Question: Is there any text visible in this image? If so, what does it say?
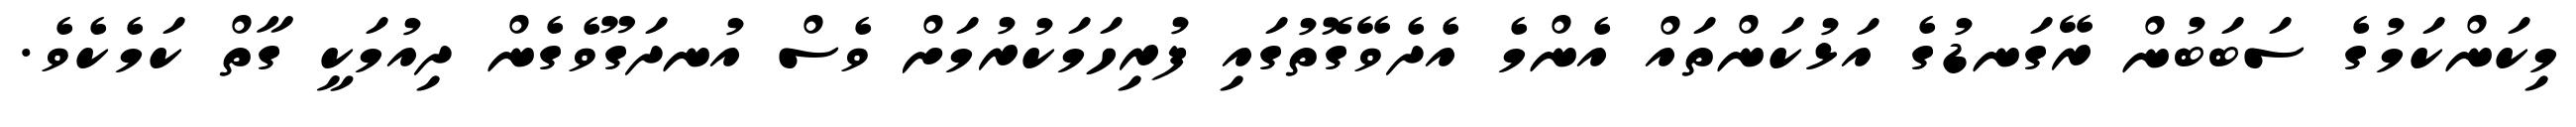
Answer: މިކަންކަމުގެ ސަބަބުން ރޭގަނޑުގެ އަޅުކަންތައް އެންމެ އެދެވޭގޮތުގައި ފުރިހަމަކުރުމަށް ވެސް އުނދަގޫވެގެން ދިއުމަކީ ގާތް ކަމެކެވެ.